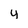
Character: y